Leaving Certificate Examination, 1910
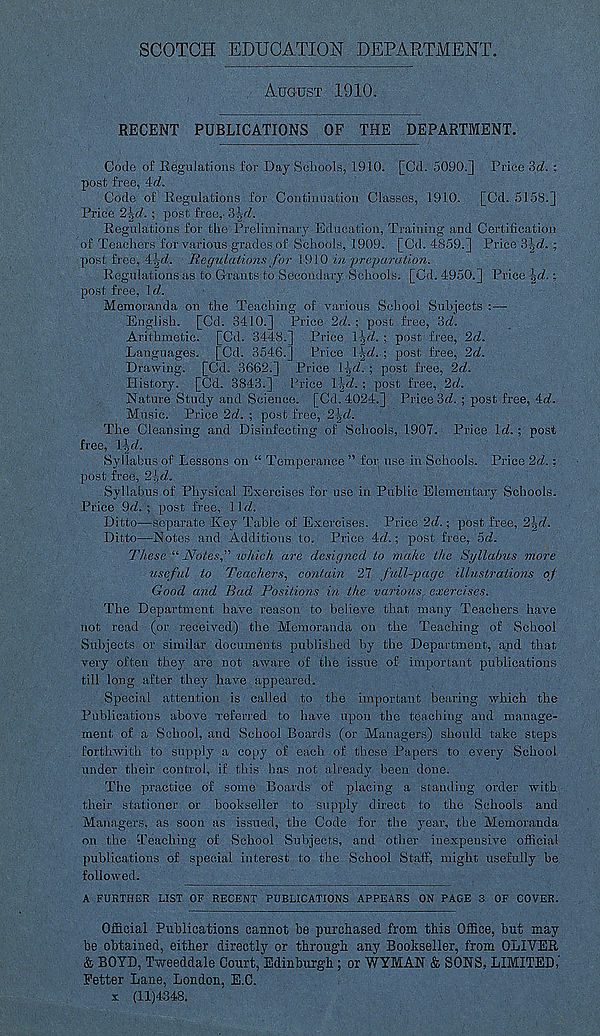
SCOTCH EDUCATION DEPARTMENT.
AUGUST 1910,
RECENT PUBLICATIONS OF THE DEPARTMENT.
Code of Regulations for Day Schools, 1910. [Cd. 5090.] Price 'id. ;
post free, id.
Code of Regulations for Continuation Classes, 1910. [Cd. 5158.]
Price 2
; post free,. i\d.
Regulations for the Preliminary Education, Training and Certification
of Teachers for various grades of Schools, 1909. [Cd. 4859.] Price i\d. -,
post free, 4^rf. Regulations for 1910 in preparation.
Regulations as to Grants to Secondary Schools. [Cd. 4950.] Price \d..;
post free, !</.
Memoranda on the Teaching of various School Subjects :—
English. [Cd. 3410.] Price 2d. ; post free, id.
Arithmetic. [Cd. 3448.] Price \\d. ; post free, 2d.
Languages. [Cd. 3546.] Price \\d. \ post free, 2d.
Drawing. [Cd. 3662.] Price \fd. ; post free, 2d.
History. [Cd. 3843.] Price l^<f. ; post free, 2d.
Nature Study and Science. [Cd. 4024.] Price id. ; post free, id.
Music. Price 2d. ; post free, 2\d.
The Cleansing and Disinfecting of Schools, 1907. Price Id. ; post
free, l^rf.
Syllabus of Lessons on “ Temperance ” for use in Schools. Price 2d. -,
post free, 2-!jd.
Syllabus of Physical Exercises for use in Public Elementary Schools.
Price 9d. ; post free, \\d.
Ditto—separate Key Table of Exercises. Price 2d.; post free, 2\d.
Ditto—Notes and Additions to. Price id.; post free, id.
These u Notes f which are designed to make the Syllabus more
useful to Teachers, contain 27 full-page illustrations of
Good and Bad Positions in the various, exercises.
The Department have reason to believe that many Teachers have
not read (or received) the Memoranda on the Teaching of School
Subjects or similar documents published by the Department, and that
very often they are not aware of the issue of important publications
till long after they have appeared.
Special attention is called to the important bearing which the
Publications above referred to have upon the teaching and manage-
ment of a School, and School Boards (or Managers) should take steps
forthwith to supply a copy of each of these Papers to every School
under their control, if this has not already been done.
The practice of some Boards of placing a standing order with
their stationer or bookseller to supply direct to the Schools and
Managers, as soon as issued, the Code for the year, the Memoranda
on the Teaching of School Subjects, and other inexpensive official
publications of special interest to the School Staff, might usefully be
followed.
A FURTHER LIST OF RECENT PUBLICATIONS APPEARS ON PAGE 3 OF COVER.
Official Publications cannot be purchased from this Office, but may
be obtained, either directly or through any Bookseller, from OLIVER
& BOYD, Tweeddale Court, Edinburgh ; or WYMAN & SONS, LIMITED,'
Tetter Lane, London, E.C.
x (11)4348.